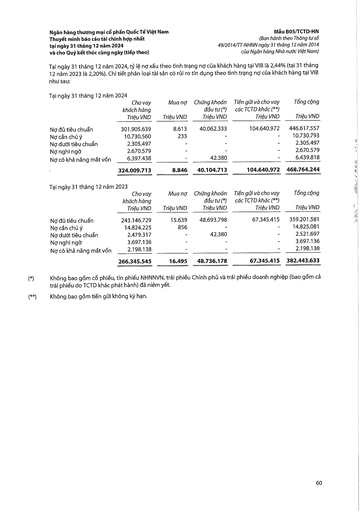
||Cho vay khách hàng Triệu VND|Mua nợ Triệu VND|Chứng khoán đầu tư (*) Triệu VND|Tiền gửi và cho vay các TCTD khác (**) Triệu VND|Tổng cộng Triệu VND| |---|---|---|---|---|---| |Nợ đủ tiêu chuẩn|301.905.639|8.613|40.062.333|104.640.972|446.617.557| |Nợ cần chú ý|10.730.560|233|-|-|10.730.793| |Nợ dưới tiêu chuẩn|2.305.497|-|-|-|2.305.497| |Nợ nghi ngờ|2.670.579|-|-|-|2.670.579| |Nợ có khả năng mất vốn|6.397.438|-|42.380|-|6.439.818| ||324.009.713|8.846|40.104.713|104.640.972|468.764.244| ||Cho vay khách hàng Triệu VND|Mua nợ Triệu VND|Chứng khoán đầu tư (*) Triệu VND|Tiền gửi và cho vay các TCTD khác (**) Triệu VND|Tổng cộng Triệu VND| |---|---|---|---|---|---| |Nợ đủ tiêu chuẩn|243.146.729|15.639|48.693.798|67.345.415|359.201.581| |Nợ cần chú ý|14.824.225|856|-|-|14.825.081| |Nợ dưới tiêu chuẩn|2.479.317|-|42.380|-|2.521.697| |Nợ nghi ngờ|3.697.136|-|-|-|3.697.136| |Nợ có khả năng mất vốn|2.198.138|-|-|-|2.198.138| ||266.345.545|16.495|48.736.178|67.345.415|382.443.633|